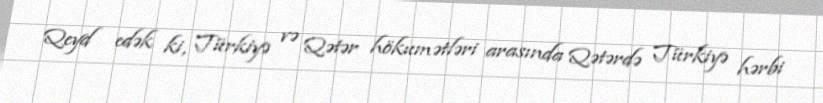
Qeyd edək ki, Türkiyə və Qətər hökumətləri arasında Qətərdə Türkiyə hərbi